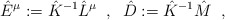
\begin{align*}\hat{E}^{\mu}:=\hat{K}^{-1} \hat{L}^{\mu}\;\;,\;\;\hat{D}:=\hat{K}^{-1}\hat{M}\;\;,\end{align*}